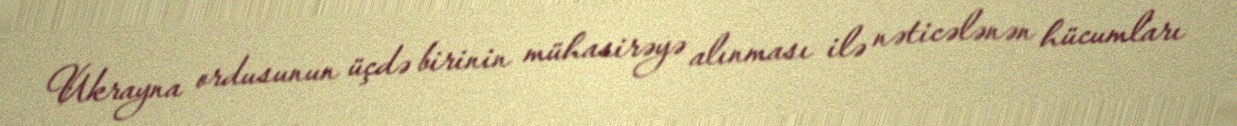
Ukrayna ordusunun üçdə birinin mühasirəyə alınması ilə nəticələnən hücumları